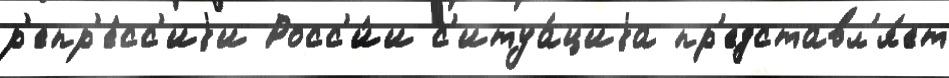
р'епр'е́сс'иjи Росс'и́и с'итуа́циjа пр'едставл'я́ет